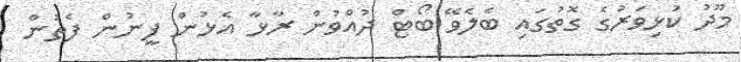
މޫދު ކުޅިވަރުގެ ގޮތުގައި ބެލެވޭ ބޯޓް ދުއްވުން ރާޅާ އެޅުން ފީނުން ފެތުން